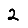
Digit: 2